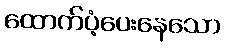
ထောက်ပံ့ပေးနေသော